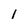
Character: 1